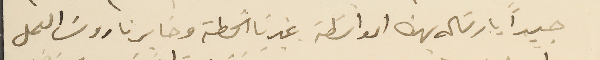
جيداً بارسَاله بهذه الواسَطة غيرنا الخطة وخابرنا روسَا العمل